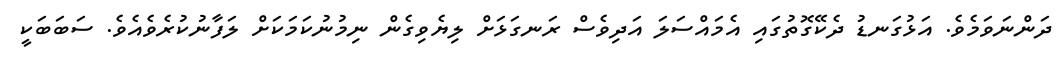
ދަންނަވަމެވެ. އަޅުގަނޑު ދެކޭގޮތުގައި އެމައްސަލަ އަދިވެސް ރަނގަޅަށް ލިޔެވިގެން ނިމުނުކަމަކަށް ލަފާނުކުރެވެއެވެ. ސަބަބަކީ